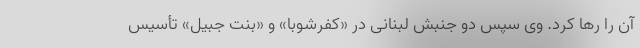
آن را رها کرد. وی سپس دو جنبش لبنانی در «کفرشوبا» و «بنت جبیل» تأٔسیس